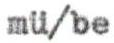
mü/be